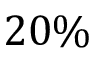
2 0 \%